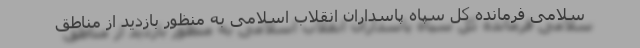
سلامی فرمانده کل سپاه پاسداران انقلاب اسلامی به منظور بازدید از مناطق